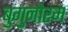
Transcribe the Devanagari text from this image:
बुगुनोरम